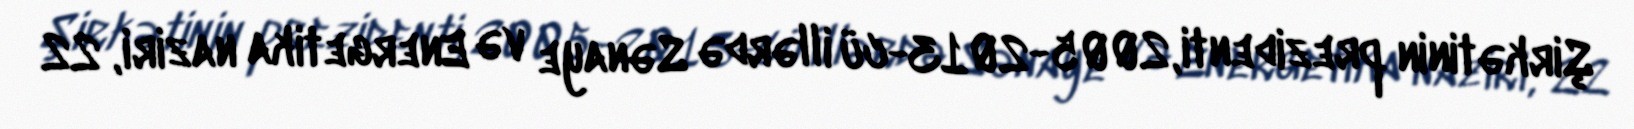
Şirkətinin prezidenti, 2005-2013-cü illərdə Sənaye və Energetika naziri, 22